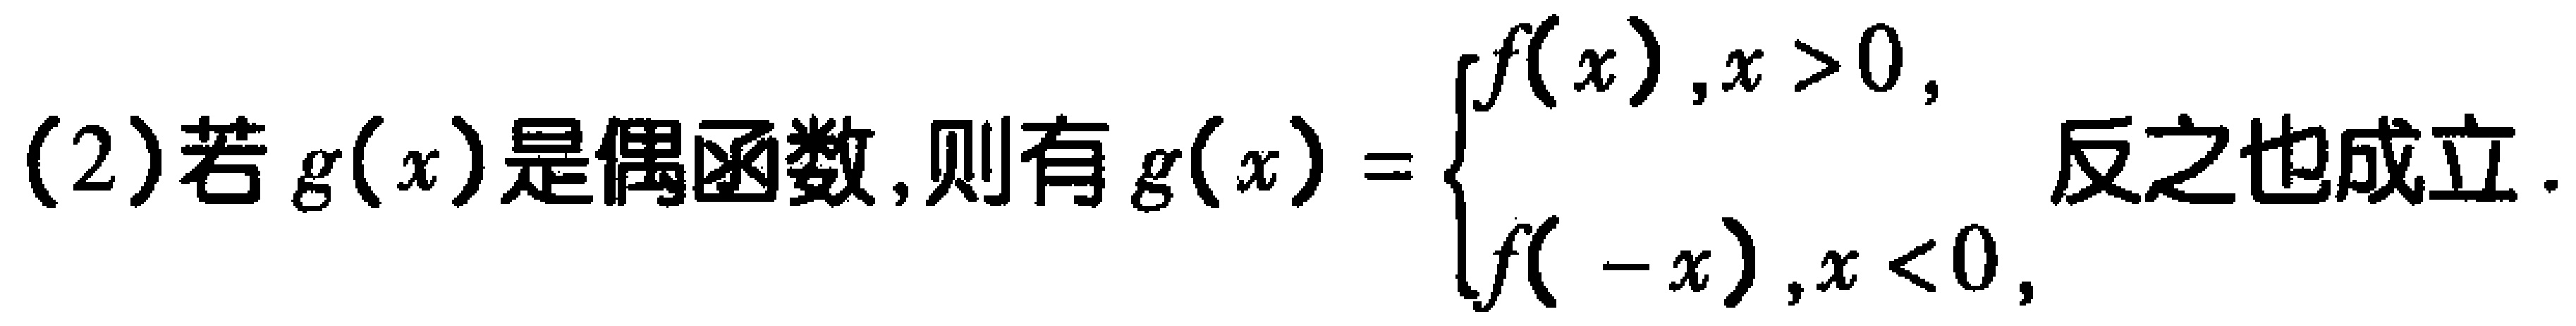
(2)若\(g(x)\)是偶函数，则有\(g(x)=\begin{cases}f(x),x > 0,\\f(-x),x < 0,\end{cases}\)反之也成立.